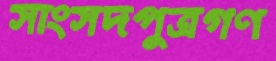
সাংসদপুত্রগণ